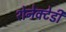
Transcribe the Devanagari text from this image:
शेनेक्टेडी